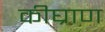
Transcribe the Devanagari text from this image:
कीघ्राण